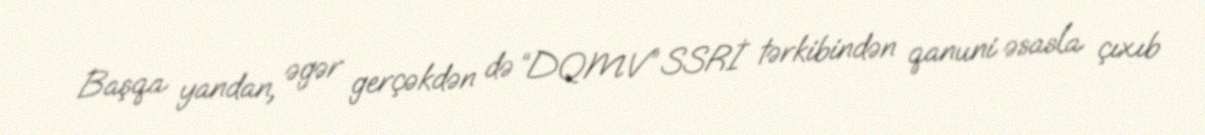
Başqa yandan, əgər gerçəkdən də “DQMV” SSRİ tərkibindən qanuni əsasla çıxıb